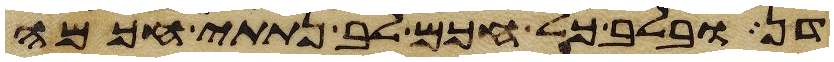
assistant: דן ובלב כל חכם לב נתתי חכמה